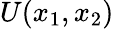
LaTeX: U(x_{1},x_{2})